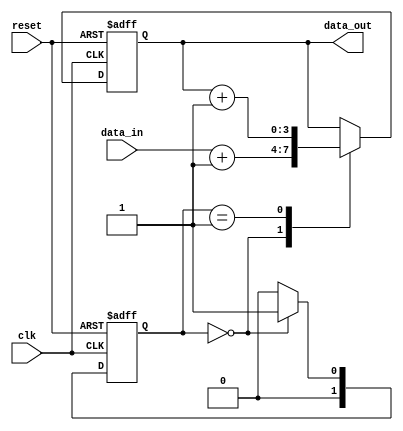
module behavioral_model (
    input wire clk,          // Clock input
    input wire reset,        // Reset input
    input wire [3:0] data_in, // 4-bit input data
    output reg [3:0] data_out // 4-bit output data
);

// State variable
reg [1:0] state;

// Task to perform a simple operation
task perform_operation;
    input [3:0] in_data;
    begin
        // Simulate some processing delay
        #5; // Delay for 5 time units
        data_out <= in_data + 1; // Increment input data
    end
endtask

// Continuous assignment block
always @(posedge clk or posedge reset) begin
    if (reset) begin
        data_out <= 4'b0000; // Reset output
        state <= 2'b00; // Reset state
    end else begin
        // Call the task to perform operation based on the current state
        case (state)
            2'b00: begin
                perform_operation(data_in); // Call task with input data
                state <= 2'b01; // Transition to next state
            end
            2'b01: begin
                // Another operation or state transition can happen here
                perform_operation(data_out); // Call task with output data
                state <= 2'b00; // Transition back to initial state
            end
            default: state <= 2'b00; // Default state handling
        endcase
    end
end

endmodule